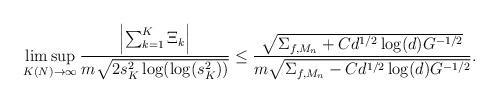
LaTeX: \begin{align*} \limsup_{K(N)\to\infty}\frac{\left|\sum_{k=1}^K\Xi_k\right|}{m\sqrt{2s_K^2\log(\log(s_K^2))}}\leq \frac{\sqrt{\Sigma_{f,M_n}+Cd^{1/2}\log(d)G^{-1/2}}}{m\sqrt{\Sigma_{f,M_n}-Cd^{1/2}\log(d)G^{-1/2}}}.\end{align*}